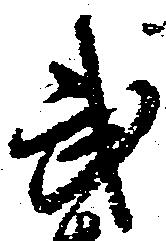
武